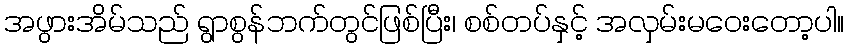
အဖွားအိမ်သည် ရွာစွန်ဘက်တွင်ဖြစ်ပြီး၊ စစ်တပ်နှင့် အလှမ်းမဝေးတော့ပါ။